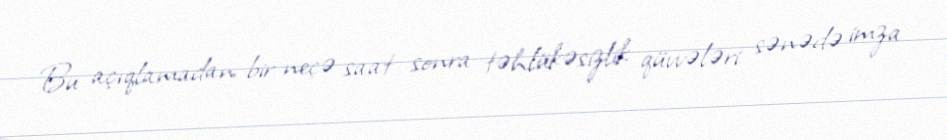
Bu açıqlamadan bir neçə saat sonra təhlükəsizlik qüvvələri sənədə imza